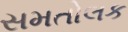
સમતોલક